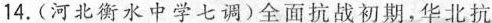
14.(河北衡水中学七调)全面抗战初期，华北抗